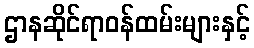
ဌာနဆိုင်ရာဝန်ထမ်းများနှင့်